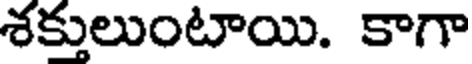
శక్తులుంటాయి. కాగా